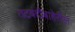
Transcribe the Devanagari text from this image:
तटबंदीबाहेरील